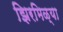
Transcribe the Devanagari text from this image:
झिरमिळ्या